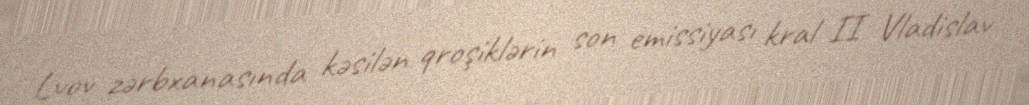
Lvov zərbxanasında kəsilən qroşiklərin son emissiyası kral II Vladislav